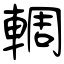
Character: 輖